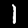
Digit: 1